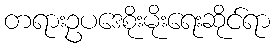
တရားဥပဒေစိုးမိုးရေးဆိုင်ရာ